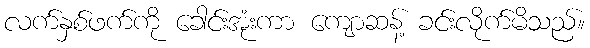
လက်နှစ်ဖက်ကို ခေါင်းအုံးကာ ကျောဆန့် ခင်းလိုက်မိသည်။